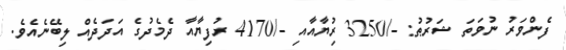
ފެންވަރު ނުވަތަ ޝަރުޠު: -/3250 ރުިޔާއާއި -/4170 ރުފިޔާއާ ދެމެދުގެ އަދަދެއް ލިބޭނެއެވެ.